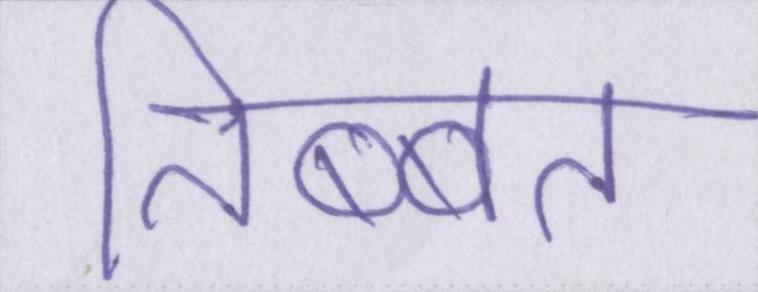
तिब्बत